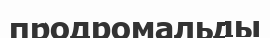
продромальды